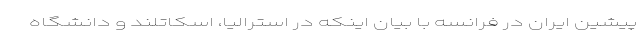
پیشین ایران در فرانسه با بیان اینکه در استرالیا، اسکاتلند و دانشگاه